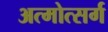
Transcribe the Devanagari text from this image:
अत्मोत्सर्ग